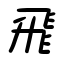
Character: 飛